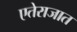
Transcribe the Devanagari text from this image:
एतेराजात